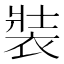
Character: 裝